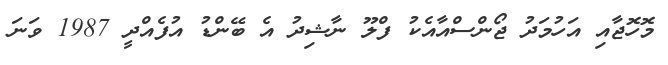
މޮހޮޖާއި އަހުމަދު ޖޯންސްއާއެކު ފްލޫ ނާޝިދު އެ ބޭންޑު އުފެއްދީ 1987 ވަނަ